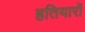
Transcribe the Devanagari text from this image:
हतियारों